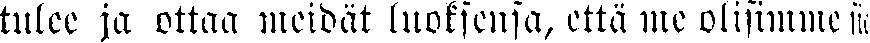
tulee ja ottaa meidät luoksensa, että me olisimme sii-